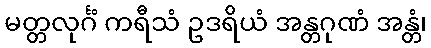
မတ္တလုင်္ဂံ ကရီသံ ဥဒရိယံ အန္တဂုဏံ အန္တံ၊